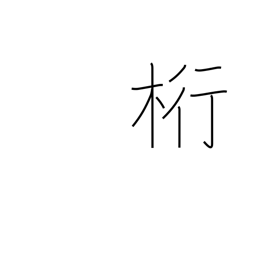
Meaning: unit or column (accounting)